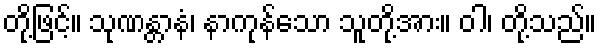
တို့ဖြင့်။ သုဏန္တာနံ၊ နာကုန်သော သူတို့အား။ ဝါ၊ တို့သည်။